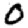
Digit: 0